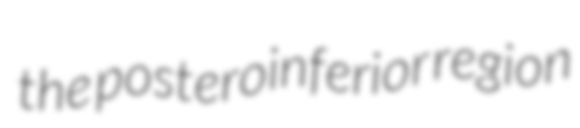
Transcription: the posteroinferior region